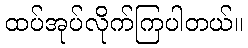
ထပ်အုပ်လိုက်ကြပါတယ်။